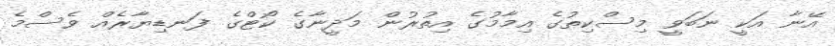
އޭނާ އަކީ ނަބަވީ މިސްކިތުގެ އިމާމުގެ އިތުރުން މަދީނާގެ ކޯޓްގެ ފަނޑިޔާރެއް ވެސްމެ